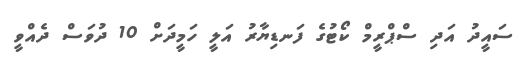
ސައީދު އަދި ސްޕްރީމް ކޯޓުގެ ފަނޑިޔާރު އަލީ ހަމީދަށް 10 ދުވަސް ދެއްވީ